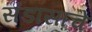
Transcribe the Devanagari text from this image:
संडासाचे